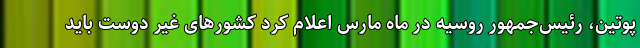
پوتین، رئیس‌جمهور روسیه در ماه مارس اعلام کرد کشورهای غیر دوست باید